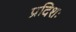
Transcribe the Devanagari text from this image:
प्रदिशः